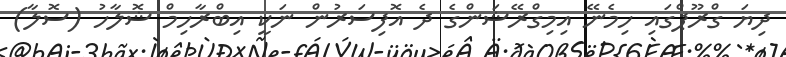
ދިޔަ ގްރޫޕްގައި ހިމެނޭ އިމިގްރޭޝަންގެ ދެ އޮފިސަރުން ނަކީ އިބްރާހިމް ޝޮލާހު (ސޮލާ)